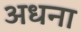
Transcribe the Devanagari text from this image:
अधना